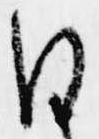
日